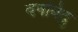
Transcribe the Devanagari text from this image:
वषबिंदु